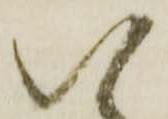
い